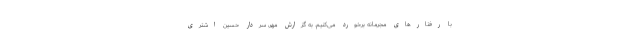
با رفتارهای مجرمانه برخورد می‌کنیم. به گزارش مهر، سردار حسین اشتری